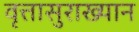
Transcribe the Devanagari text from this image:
वृत्तासुराख्यान